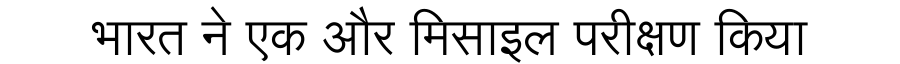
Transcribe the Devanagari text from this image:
भारत ने एक और मिसाइल परीक्षण किया